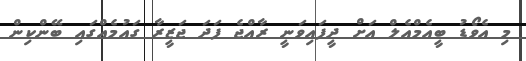
މި އެވޯޑު ބީއެމްއެލް އަށް ދީފައިވަނީ ރާއްޖެ ފަދަ ޖަޒީރާ ގައުމެއްގައި ބޭންކިން